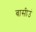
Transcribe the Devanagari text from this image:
बासीउं